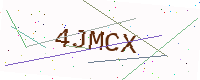
Text: 4JMCX